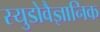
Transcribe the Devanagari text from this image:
स्युडोवैज्ञानिक